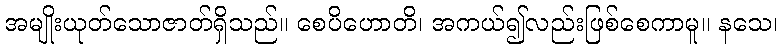
အမျိုးယုတ်သောဇာတ်ရှိသည်။ စေပိဟောတိ၊ အကယ်၍လည်းဖြစ်စေကာမူ။ နသေ၊